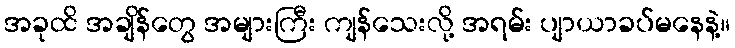
အခုထိ အချိန်တွေ အများကြီး ကျန်သေးလို့ အရမ်း ပျာယာခပ်မနေနဲ့။